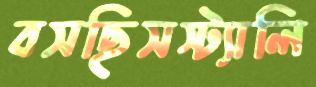
বসছিসস্ট্যালি